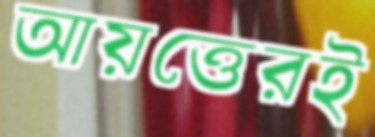
আয়ত্তেরই